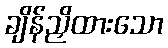
ချိန်ညှိထားသော